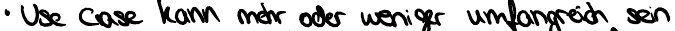
Use Case kann mehr oder weniger umfangreich sein